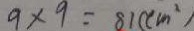
9 \times 9 = 8 1 ( c m ^ { 2 } )